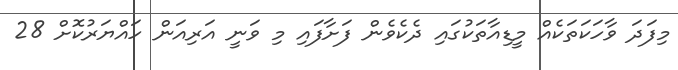
މިފަދަ ވާހަކަތަކެއް މީޑިއާތަކުގައި ދެކެވެން ފަށާފައި މި ވަނީ އަރިއަން ހައްޔަރުކޮށް 28